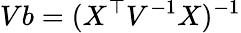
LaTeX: Vb=(X^{\top}V^{-1}X)^{-1}